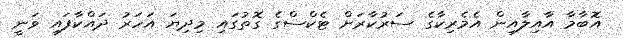
އޮބާމާ އާއިލާއިން އެމެރިކާގެ ސަރުކާރަށް ޓެކްސްގެ ގޮތުގައި މިދިޔަ އަހަރު ދައްކާފައި ވަނީ